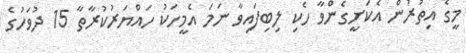
މީގެ އިތުރުން އެކަށީގެންވާ ހެކި ލިބިިފައިވާ ނަމަ އެމީހަކު ހައްޔަރުކުރާތާ 15 ދުވަހުގެ